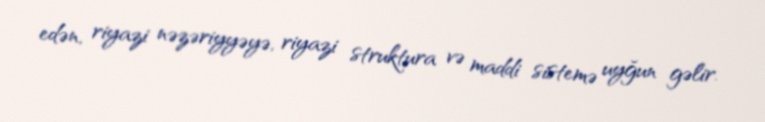
edən, riyazi nəzəriyyəyə, riyazi struktura və maddi sistemə uyğun gəlir.